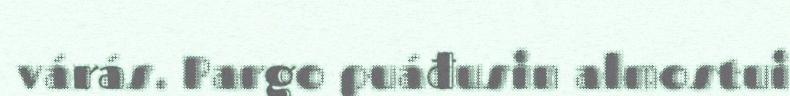
várás. Pargo puáđusin almostui